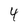
Character: 4